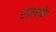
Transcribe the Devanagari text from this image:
रडारके